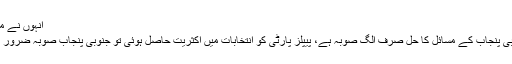
انہوں نے مزید کہا
کہ جنوبی پنجاب کے مسائل کا حل صرف الگ صوبہ ہے، پیپلز پارٹی کو انتخابات میں اکثریت حاصل ہوئی تو جنوبی پنجاب صوبہ ضرور بنے گا۔